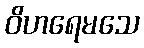
ဝိဟရေမသေ